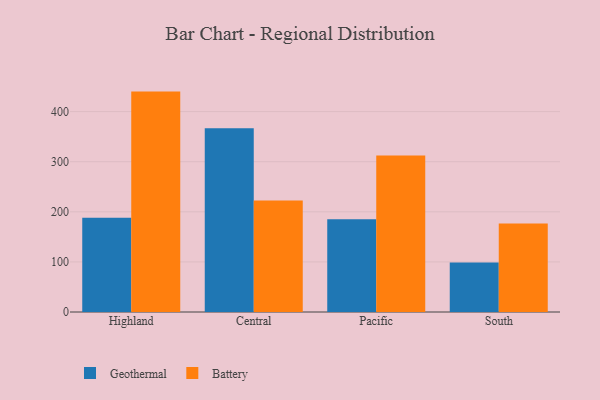
{"axis": {"x": "Region", "y": "Waste Production (Tons)"}, "legend": ["Battery", "Geothermal"], "data": [{"x": "Highland", "y": 188.3, "type": "Geothermal"}, {"x": "Highland", "y": 440.0, "type": "Battery"}, {"x": "Central", "y": 367.0, "type": "Geothermal"}, {"x": "Central", "y": 222.6, "type": "Battery"}, {"x": "Pacific", "y": 185.4, "type": "Geothermal"}, {"x": "Pacific", "y": 312.2, "type": "Battery"}, {"x": "South", "y": 98.6, "type": "Geothermal"}, {"x": "South", "y": 176.5, "type": "Battery"}]}